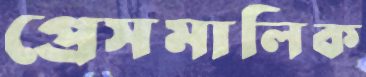
প্রেসমালিক